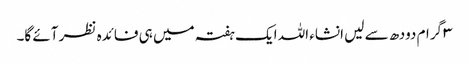
۳ گرام دودھ سے لیں انشاء اللہ ایک ہفتہ میں ہی فائدہ نظر آئے گا۔